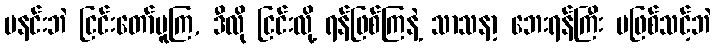
မနင်းဘဲ ငြင်းတော်မူကြ, ဒီလို ငြင်းလို့ ရန်ဖြစ်ကြနဲ့ သာသနာ့ ဘေးရန်ကြီး မဖြစ်သင့်ဘဲ